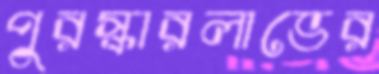
পুরস্কারলাভের